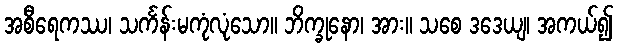
အစီရေကဿ၊ သင်္ကန်းမကုံလုံသော။ ဘိက္ခုနော၊ အား။ သစေ ဒဒေယျ၊ အကယ်၍